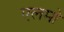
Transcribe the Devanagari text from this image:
एलमो